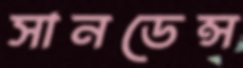
সানডেন্স